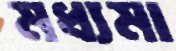
মধ্যমা